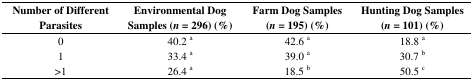
<table><thead><tr><td><b>Number of Different Parasites</b></td><td><b>Environmental Dog Samples (<i>n</i> = 296) (%)</b></td><td><b>Farm Dog Samples (<i>n</i> = 195) (%)</b></td><td><b>Hunting Dog Samples (<i>n</i> = 101) (%)</b></td></tr></thead><tbody><tr><td>0</td><td>40.2 <sup>a</sup></td><td>42.6 <sup>a</sup></td><td>18.8 <sup>a</sup></td></tr><tr><td>1</td><td>33.4 <sup>a</sup></td><td>39.0 <sup>a</sup></td><td>30.7 <sup>b</sup></td></tr><tr><td>&gt;1</td><td>26.4 <sup>a</sup></td><td>18.5 <sup>b</sup></td><td>50.5 <sup>c</sup></td></tr></tbody></table>